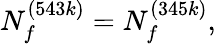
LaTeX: N_{f}^{(543k)}=N_{f}^{(345k)},